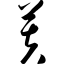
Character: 芙